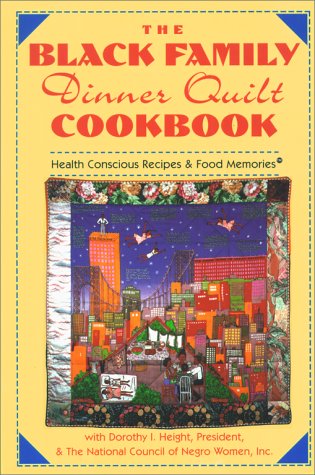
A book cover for The Black Family Dinner Quilt Cookbook; Dorothy Height; Cookbooks, Food & Wine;